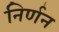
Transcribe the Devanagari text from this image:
निर्णन